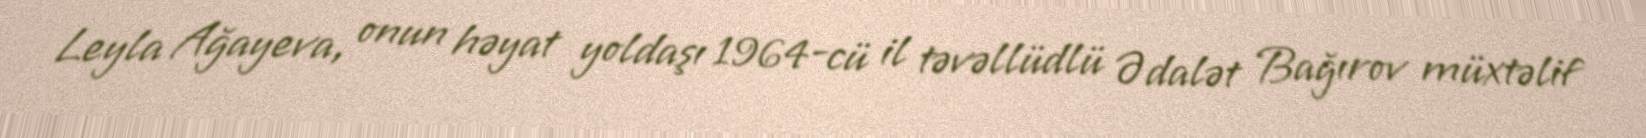
Leyla Ağayeva, onun həyat yoldaşı 1964-cü il təvəllüdlü Ədalət Bağırov müxtəlif